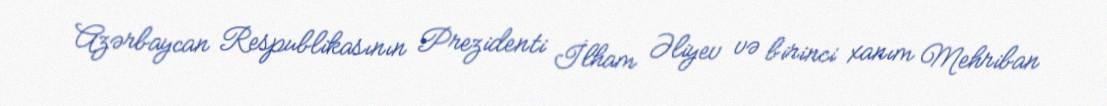
Azərbaycan Respublikasının Prezidenti İlham Əliyev və birinci xanım Mehriban